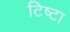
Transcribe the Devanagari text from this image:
टिष्टा